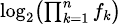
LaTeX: \scriptstyle\log_{2}\left(\prod_{k=1}^{n}f_{k}\right)